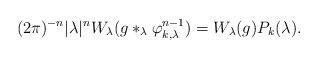
LaTeX: \begin{align*}(2\pi)^{-n} |\lambda|^n W_\lambda( g \ast_\lambda \varphi_{k,\lambda}^{n-1}) = W_\lambda(g) P_k(\lambda).\,\, \end{align*}